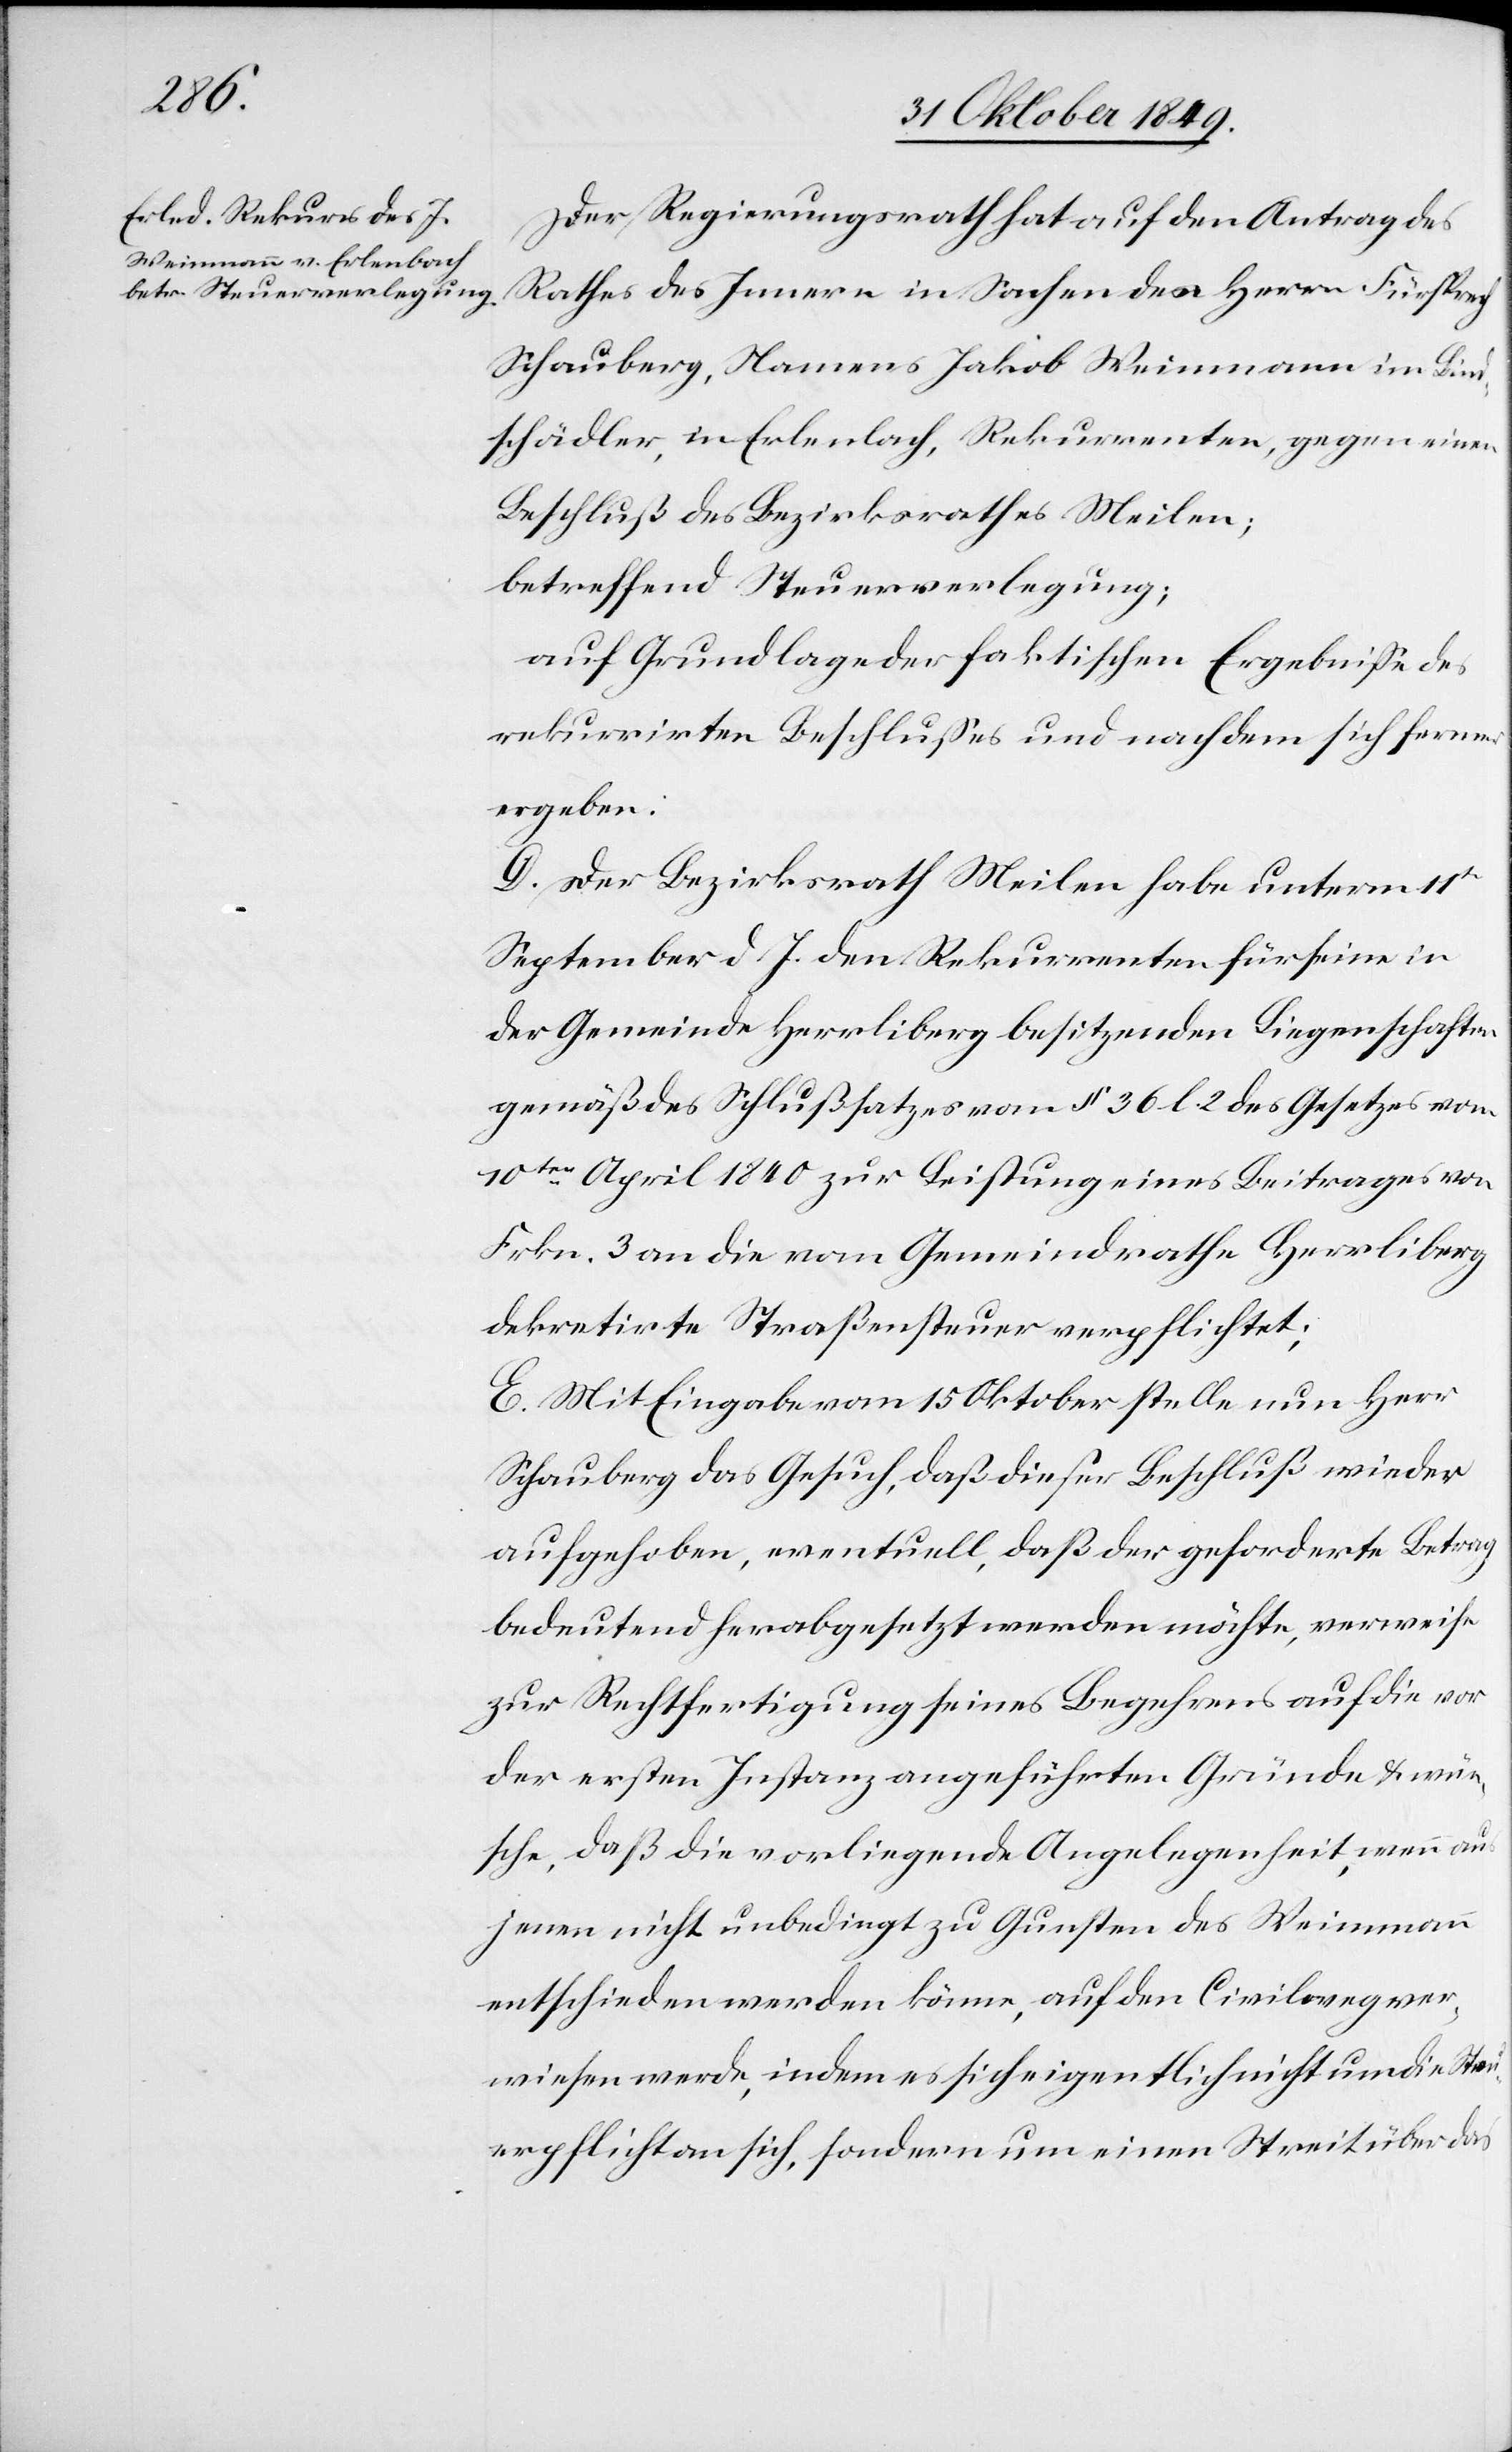
Der Regierungsrath hat auf den Antrag des
Rathes des Innern in Sachen des Herrn Fürsprech
Schauberg, Namens Jakob Weinmann im Bind¬
schädler, in Erlenbach, Rekurrenten, gegen einen
Beschluß des Bezirksrathes Meilen;
betreffend Steuerverlegung;
auf Grundlage der faktischen Ergebniße des
rekurrirten Beschlußes und nachdem sich ferner
ergeben:
D. Der Bezirksrath Meilen habe unterm 11t
September d. J. den Rekurrenten für seine in
der Gemeinde Herrliberg besitzenden Liegenschaften
gemäß des Schlußsatzes vom § 36 l 2. des Gesetzes vom
10ten April 1840 zur Leistung eines Beitrages von
Frkn. 3 an die vom Gemeindrathe Herrliberg
dekretirte Straßensteuer verpflichtet;
E. Mit Eingabe vom 15 Oktober stelle nun Herr
Schauberg das Gesuch, daß dieser Beschluß wieder
aufgehoben, eventuell, daß der geforderte Betrag
bedeutend herabgesetzt werden möchte, verweise
zur Rechtfertigung seines Begehrens auf die vor
der ersten Instanz angeführten Gründe u. wün¬
sche, daß die vorliegende Angelegenheit, wenn aus
jenen nicht unbedingt zu Gunsten des Weinmann
entschieden werden könne, auf den Civilweg ver¬
wiesen werde, indem es sich eigentlich nicht um die Steu¬
erpflicht an sich, sondern um einen Streit über das